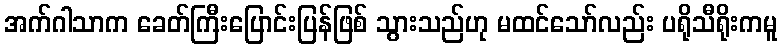
အက်ဂါသာက ခေတ်ကြီးပြောင်းပြန်ဖြစ် သွားသည်ဟု မထင်သော်လည်း ပရိုသီရိုးကမူ